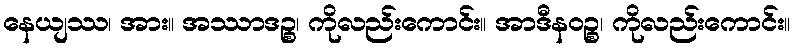
နေယျဿ၊ အား။ အဿာဒဉ္စ၊ ကိုလည်းကောင်း။ အာဒီနဝဉ္စ၊ ကိုလည်းကောင်း။